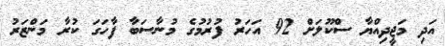
އަދި މަޖީދިއްޔާ ސްކޫލަށް 92 އަހަރު ފުރުމުގެ މުނާސަބާ ފާހަގަ ކުރާ މަންޒަރު